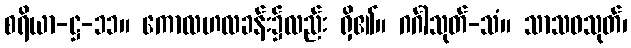
စရိယာ-ဋ္ဌ-၁၁။ ကောလဟလခန်း၌လည်း ရှိ၏။ ဂင်္ဂါသုတ်-သံ။ သာသဝသုတ်၊